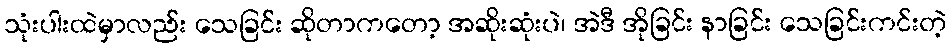
သုံးပါးထဲမှာလည်း သေခြင်း ဆိုတာကတော့ အဆိုးဆုံးပဲ၊ အဲဒီ အိုခြင်း နာခြင်း သေခြင်းကင်းတဲ့